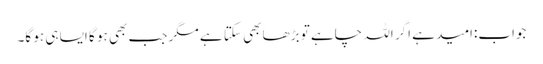
جواب:امید ہے اگر اللہ چاہے تو بڑھا بھی سکتا ہے مگر جب بھی ہو گا ایسا ہی ہو گا۔